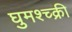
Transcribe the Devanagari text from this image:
घुमश्च्क्री